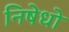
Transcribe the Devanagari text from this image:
निषेधो